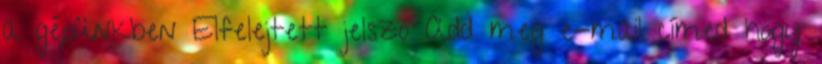
a gépünkben Elfelejtett jelszó Add meg e-mail címed hogy